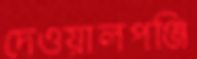
দেওয়ালপঞ্জি